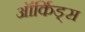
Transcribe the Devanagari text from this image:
ऑर्किड्स